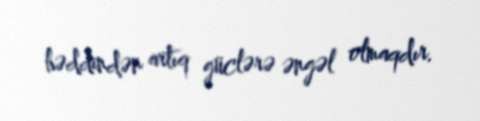
həddindən artıq güclərə əngəl olmaqdır.